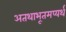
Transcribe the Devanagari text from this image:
अतथाभूतमप्यर्थ